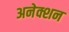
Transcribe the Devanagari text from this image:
अनेक्शन